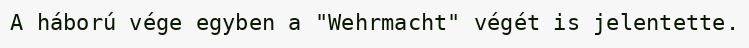
A háború vége egyben a "Wehrmacht" végét is jelentette.